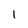
Character: l